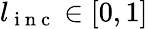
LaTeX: l_{\mathrm{~i~n~c~}}\in[0,1]